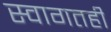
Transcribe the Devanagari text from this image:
स्वागतही